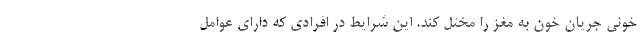
خونی جریان خون به مغز را مختل کند. این شرایط در افرادی که دارای عوامل